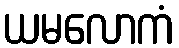
ယမလောကံ